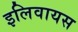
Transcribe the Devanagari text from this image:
इलिवायस